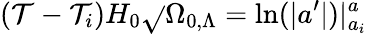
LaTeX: (\mathcal{T}-\mathcal{T}_{i})H_{0}{\sqrt{}{{\Omega_{0,\Lambda}}}}=\mathrm{{ln}}(|a^{\prime}|)|_{a_{i}}^{a}